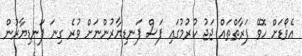
އެވޯޑަށް ހޮވޭ ފަރާތްތައް ޖަޖު ކުރުމުގައި ފަސް ފަނޑިޔާރުންނަށް ވުރެ ގިނަ ފަނޑިޔާރުން